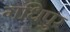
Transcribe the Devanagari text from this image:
गधिपुर